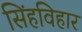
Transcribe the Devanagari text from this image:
सिंहविहार